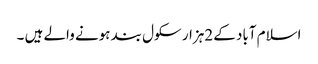
اسلام آباد کے 2ہزار سکول بند ہونے والے ہیں ۔